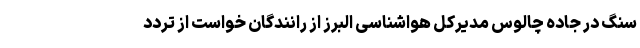
سنگ در جاده چالوس مدیرکل هواشناسی البرز از رانندگان خواست از تردد